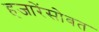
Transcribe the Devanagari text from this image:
हजारेंसोबत